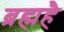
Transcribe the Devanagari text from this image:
ब्रह्महै